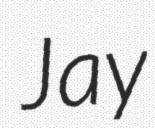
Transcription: Jay